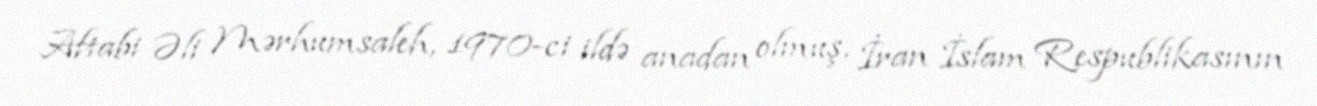
Aftabi Əli Mərhumsaleh, 1970-ci ildə anadan olmuş, İran İslam Respublikasının